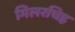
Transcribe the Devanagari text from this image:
मिलरचिह्र